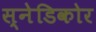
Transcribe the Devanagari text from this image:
स्नेडिकोर